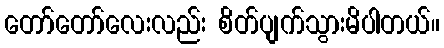
တော်တော်လေးလည်း စိတ်ပျက်သွားမိပါတယ်။